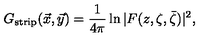
G _ { \mathrm { s t r i p } } ( \vec { x } , \vec { y } ) = { \frac { 1 } { 4 \pi } } \ln | F ( z , \zeta , \bar { \zeta } ) | ^ { 2 } , \nonumber